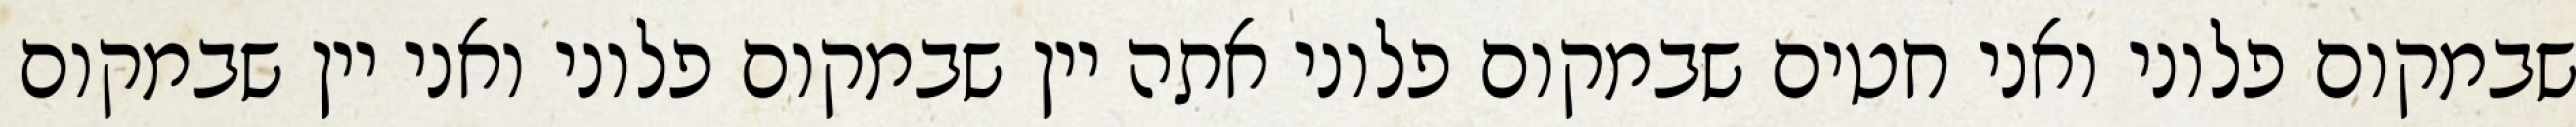
שבמקום פלוני ואני חטים שבמקום פלוני אתה יין שבמקום פלוני ואני יין שבמקום